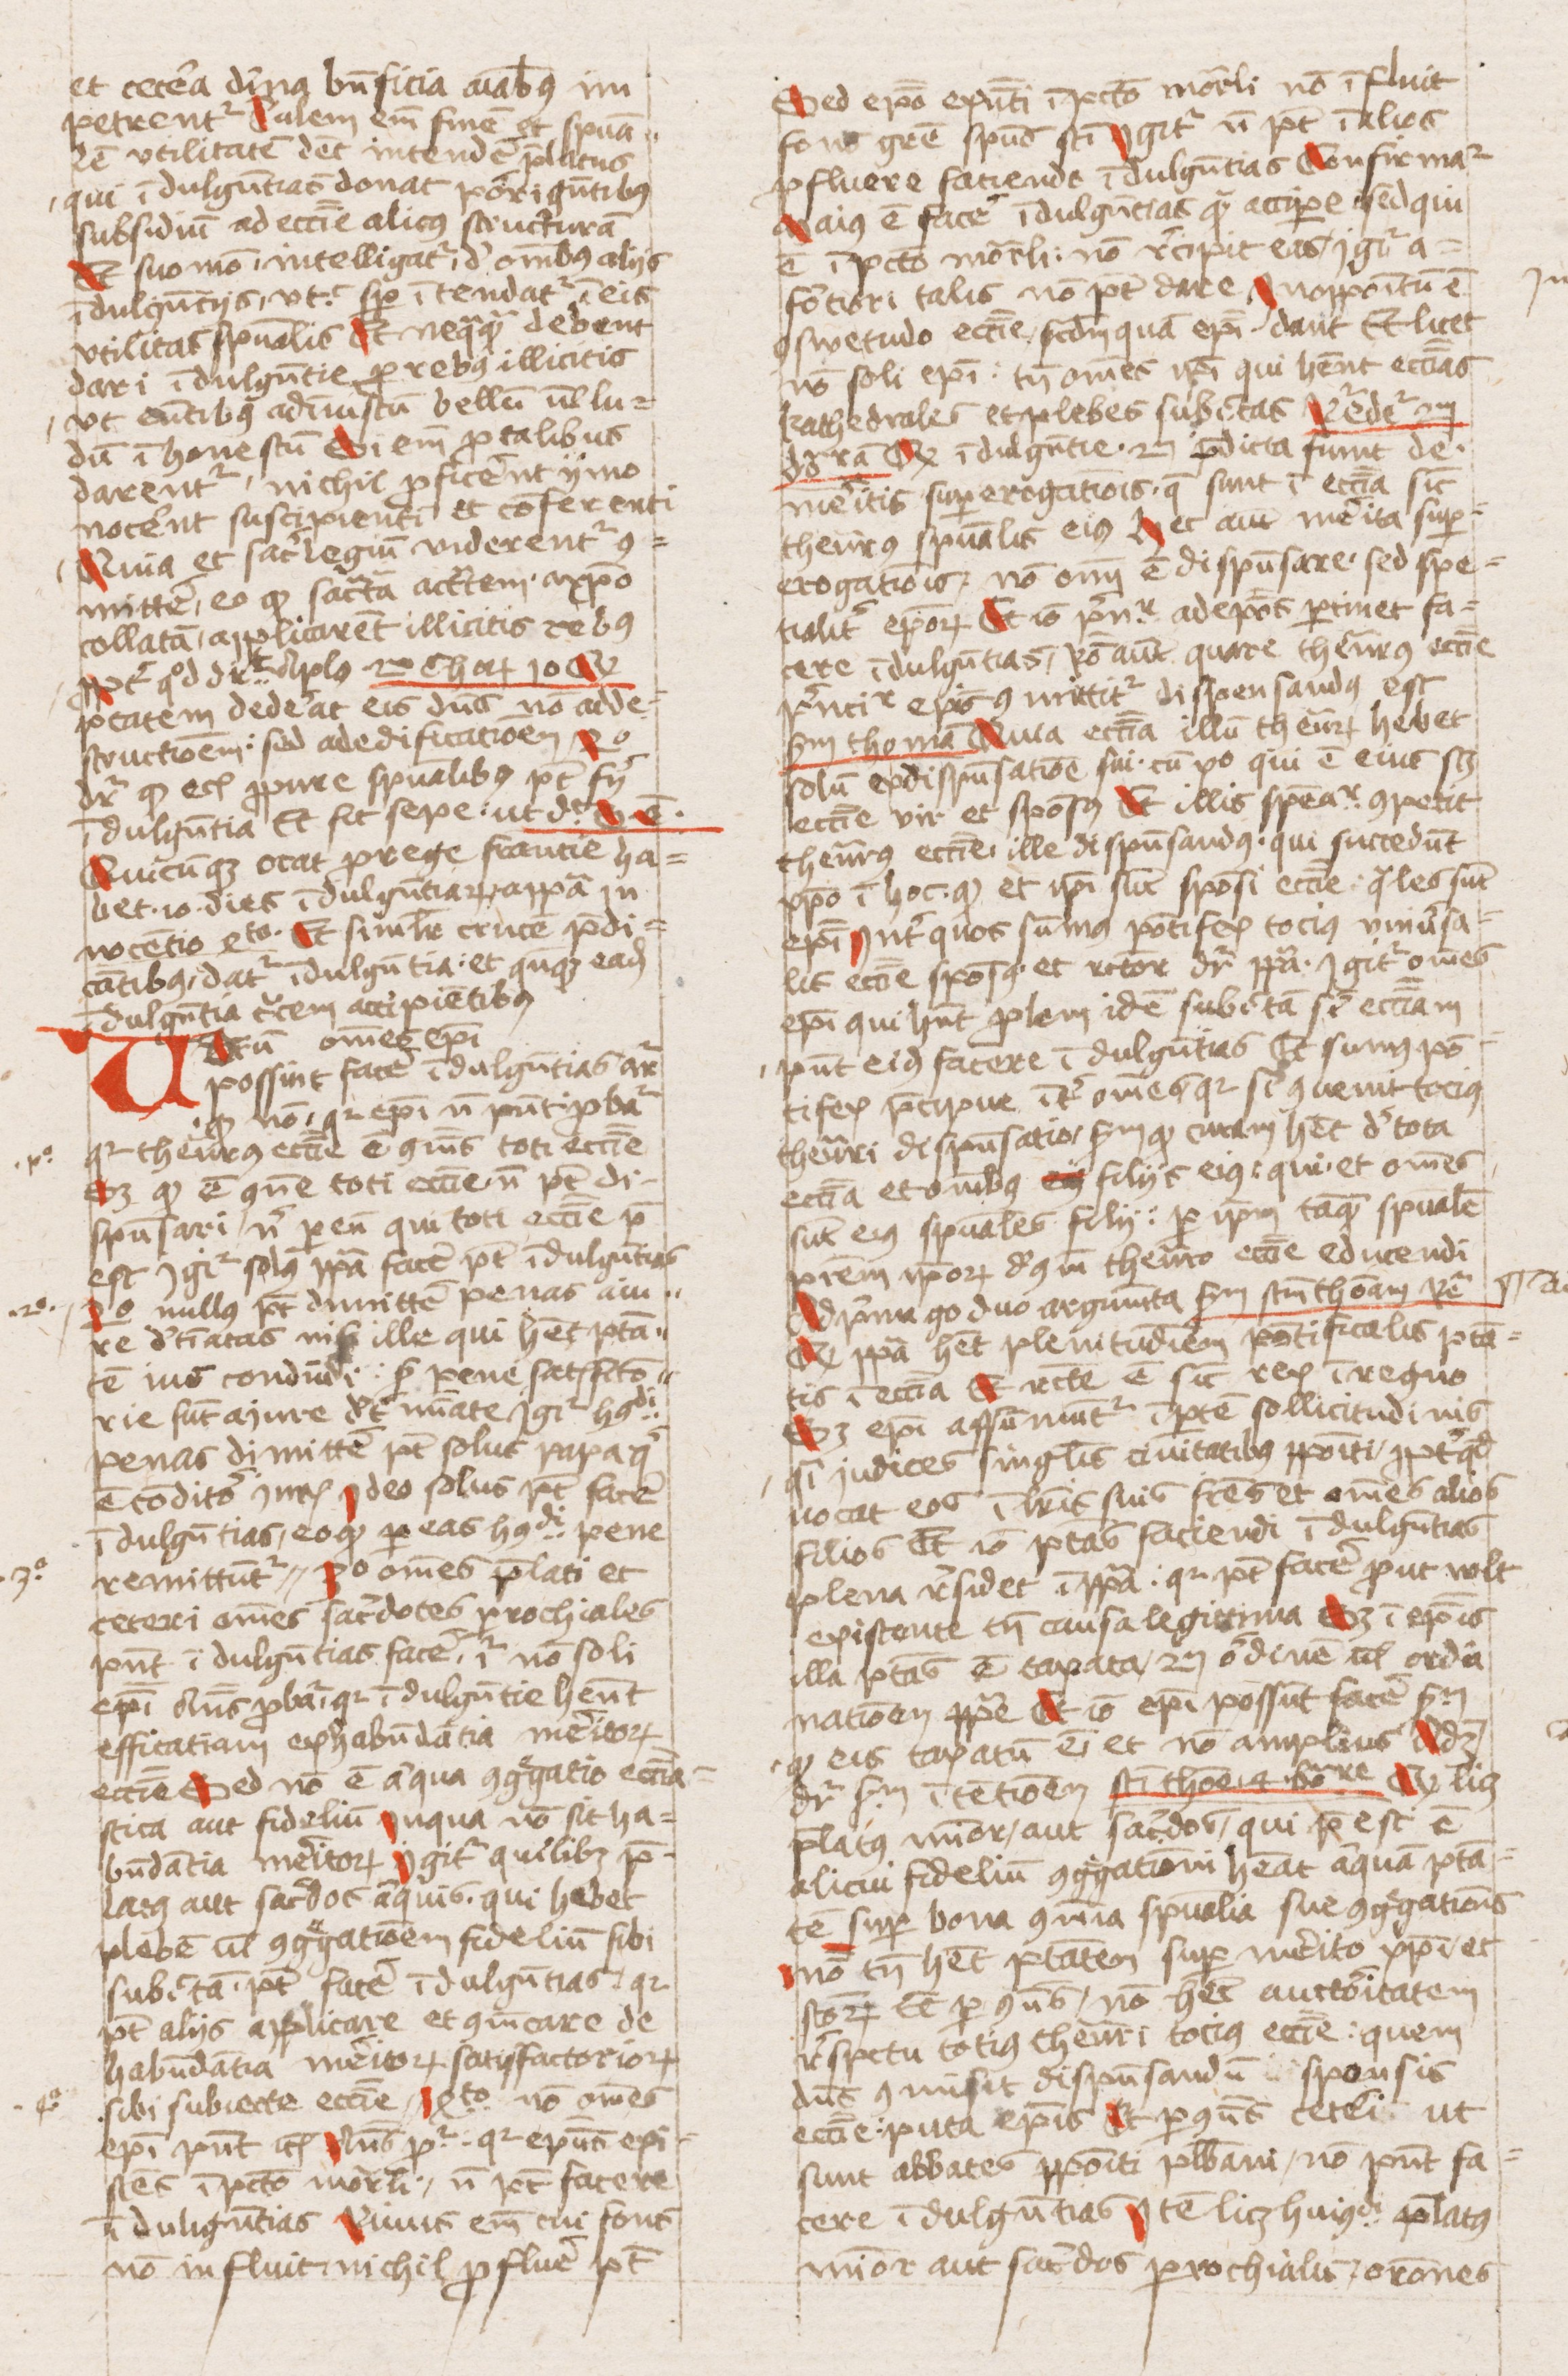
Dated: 1440–1470